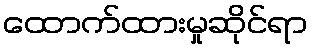
ထောက်ထားမှုဆိုင်ရာ